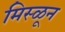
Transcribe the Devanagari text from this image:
मिस्ळून